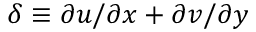
\delta \equiv \partial u / \partial x + \partial v / \partial y